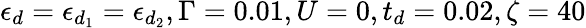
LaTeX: \epsilon_{d}=\epsilon_{d_{1}}=\epsilon_{d_{2}},\Gamma=0.01,U=0,t_{d}=0.02,\zeta=40